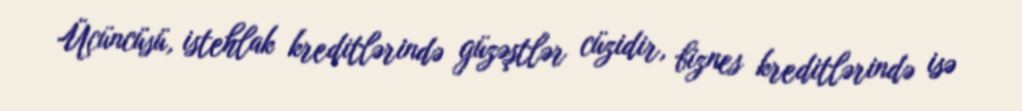
Üçüncüsü, istehlak kreditlərində güzəştlər cüzidir, biznes kreditlərində isə